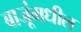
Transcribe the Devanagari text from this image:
बाजूंमधील